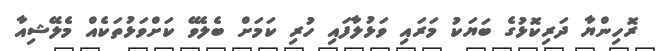
ރޮހިންޔާ ދަރިކޮޅުގެ ބަޔަކު މަރައި ވަޅުލާފައި ހުރި ކަމަށް ބެލެވޭ ކަށްވަޅުތަކެއް މެލޭޝިއާ